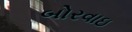
બોરવાઇ